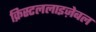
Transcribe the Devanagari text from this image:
क्रिस्टललाइज़ेबल